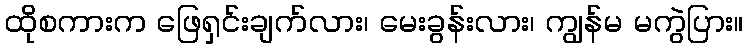
ထိုစကားက ဖြေရှင်းချက်လား၊ မေးခွန်းလား၊ ကျွန်မ မကွဲပြား။